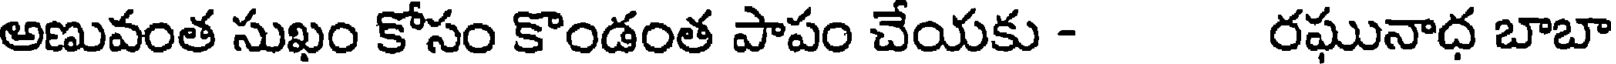
అణువంత సుఖం కోసం కొండంత పాపం చేయకు - రఘునాధ బాబా